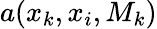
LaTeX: a(x_{k},x_{i},M_{k})